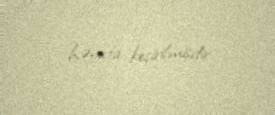
həyata keçirilmişdir.